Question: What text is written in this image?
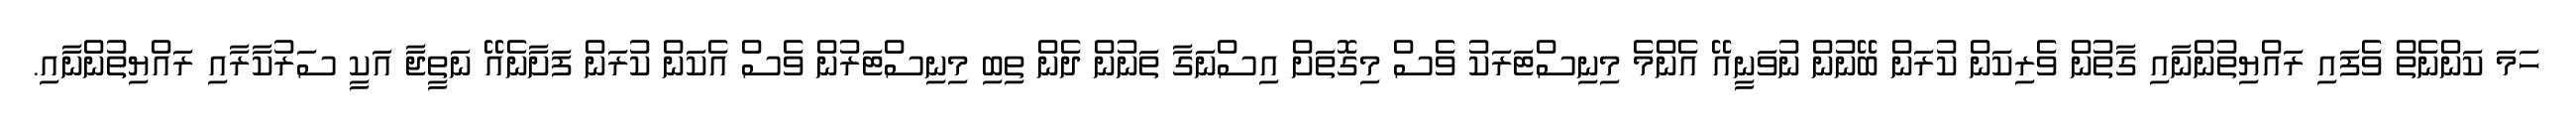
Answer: ހަމަ ކަންނެތް ވެފައި ރައްޔިތުންނާއި ގާތުން ވެރިކަން ކުރަން ބޭނުން ނުވަނީއޭ އެންމެ މިނިސްޓަރަކު ވެސް މިގޮތަށް އިސްނަގާ ތަނުން ދެން ތިބި މިނިސްޓަރުން ވެސް އެކަން ކުރަން ފަށާނެއޭ ނަތީޖާ އަކީ ސަރުކާރާއި ރައްޔިތުންނާއި.